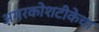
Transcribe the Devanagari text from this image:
अमरकोशटीकेचा